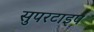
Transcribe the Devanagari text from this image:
सुपरटाइप